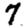
Digit: 7